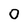
Character: 0